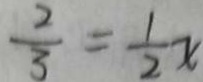
\frac { 2 } { 3 } = \frac { 1 } { 2 } x